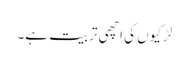
لڑکیوں کی اچھی تربیت ہے۔